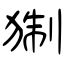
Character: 猘